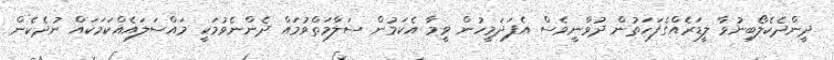
ދީންދެކެލޯބިނުވާ ލީޑަރެއްގެފަހަތުން ދުވާނީވެސް އެފަދަމީހުން ވީމާ އެކަމުން ސަލާމަތްވުމައް ދެންނެވުމަކީ މައްސަލައެއްކަމަކައް ނުދެކެން